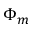
\Phi _ { m }